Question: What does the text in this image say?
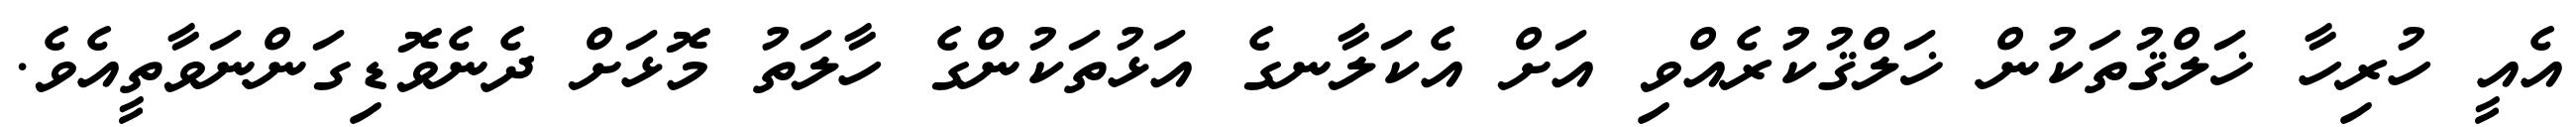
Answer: އެއީ ހުރިހާ ޚަލްޤުތަކުން ޚަލްޤުކުރެއްވި އަށް އެކަލާނގެ އަޅުތަކުންގެ ހާލަތު މޮޅަށް ދެނެވޮޑިގަންނަވާތީއެވެ.